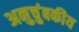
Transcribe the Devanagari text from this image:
अनुचुंबकीय